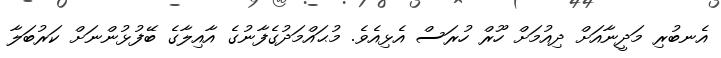
އެނބުރި މަދީނާއަށް ދިއުމަށް ހޫރް ހުރަސް އެޅިއެވެ. މުޙައްމަދުގެފާނުގެ އާއިލާގެ ބޭފުޅުންނަށް ކަރުބަލާ